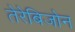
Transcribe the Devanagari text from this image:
तेरेबिजोन